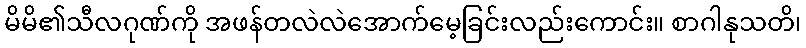
မိမိ၏သီလဂုဏ်ကို အဖန်တလဲလဲအောက်မေ့ခြင်းလည်းကောင်း။ စာဂါနုသတိ၊